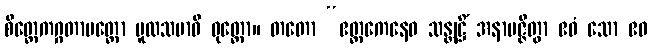
စိတ္တေကဂ္ဂတာမတ္တော မူလသမာဓိ ဝုတ္တော။ တတော “ဧတ္တကေနေဝ သန္တုဋ္ဌိံ အနာပဇ္ဇိတွာ ဧဝံ သော ဧဝ